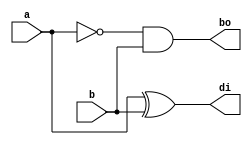
`timescale 1ns / 1ps
//////////////////////////////////////////////////////////////////////////////////
// Company: 
// Engineer: 
// 
// Design Name: 
// Module Name: hs_struct
// Project Name: 
// Target Devices: 
// Tool Versions: 
// Description: 
// 
// Dependencies: 
// 
// Revision:
// Revision 0.01 - File Created
// Additional Comments:
// 
//////////////////////////////////////////////////////////////////////////////////


module hs_struct(
    input a,b,
    output di,bo
    );
    wire a1;
    not g1(a1,a);
    xor g2(di,a,b);
    and g3(bo,a1,b);
endmodule